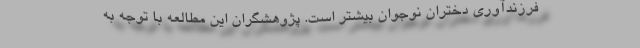
فرزندآوری دختران نوجوان بیشتر است. پژوهشگران این مطالعه با توجه به